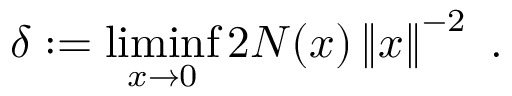
\delta : = \operatorname* { l i m i n f } _ { x \to 0 } 2 N ( x ) \left\| x \right\| ^ { - 2 } \ .